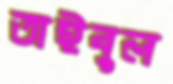
তাইবুল